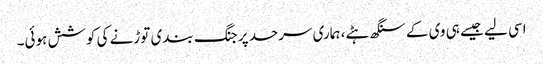
اسی لیے جیسے ہی وی کے سنگھ ہٹے، ہماری سرحد پر جنگ بندی توڑنے کی کوشش ہوئی۔